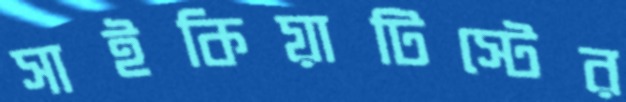
সাইকিয়াটিস্টের